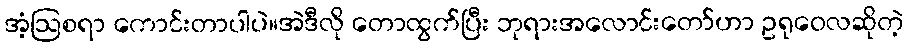
အံ့ဩစရာ ကောင်းတာပါပဲ။အဲဒီလို တောထွက်ပြီး ဘုရားအလောင်းတော်ဟာ ဥရုဝေလဆိုတဲ့